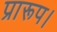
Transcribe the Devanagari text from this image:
प्रारूप।